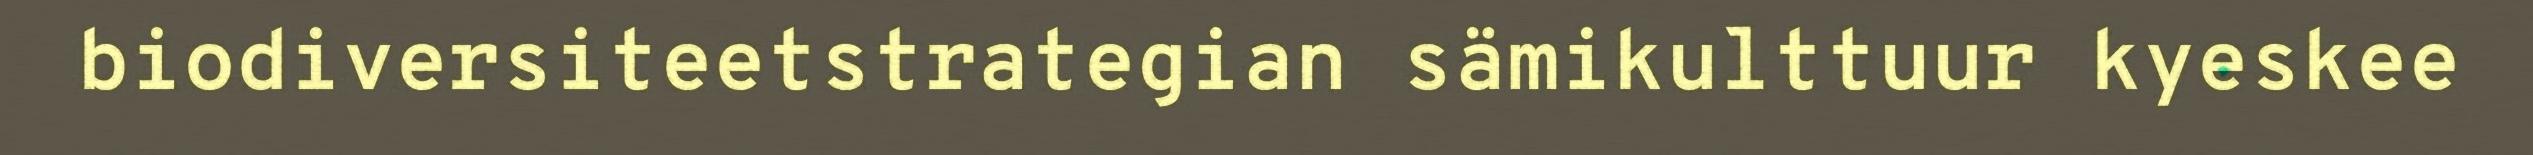
biodiversiteetstrategian sämikulttuur kyeskee